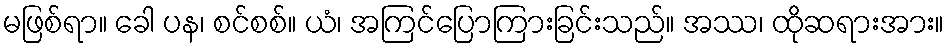
မဖြစ်ရာ။ ခေါ ပန၊ စင်စစ်။ ယံ၊ အကြင်ပြောကြားခြင်းသည်။ အဿ၊ ထိုဆရားအား။